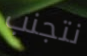
نتجنب